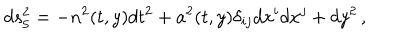
LaTeX: d s _ { 5 } ^ { 2 } = - n ^ { 2 } ( t , y ) d t ^ { 2 } + a ^ { 2 } ( t , y ) \delta _ { i j } d x ^ { i } d x ^ { j } + d y ^ { 2 } \, ,